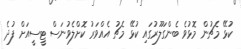
ކުޅޭ މެޗުން މޮޅުވެ ބެންގަލޫރުގައި ކުޅޭ މެޗު އެއްވަރު ކޮށްލެވުނަސް ޓީސީއަށް ފުދެ